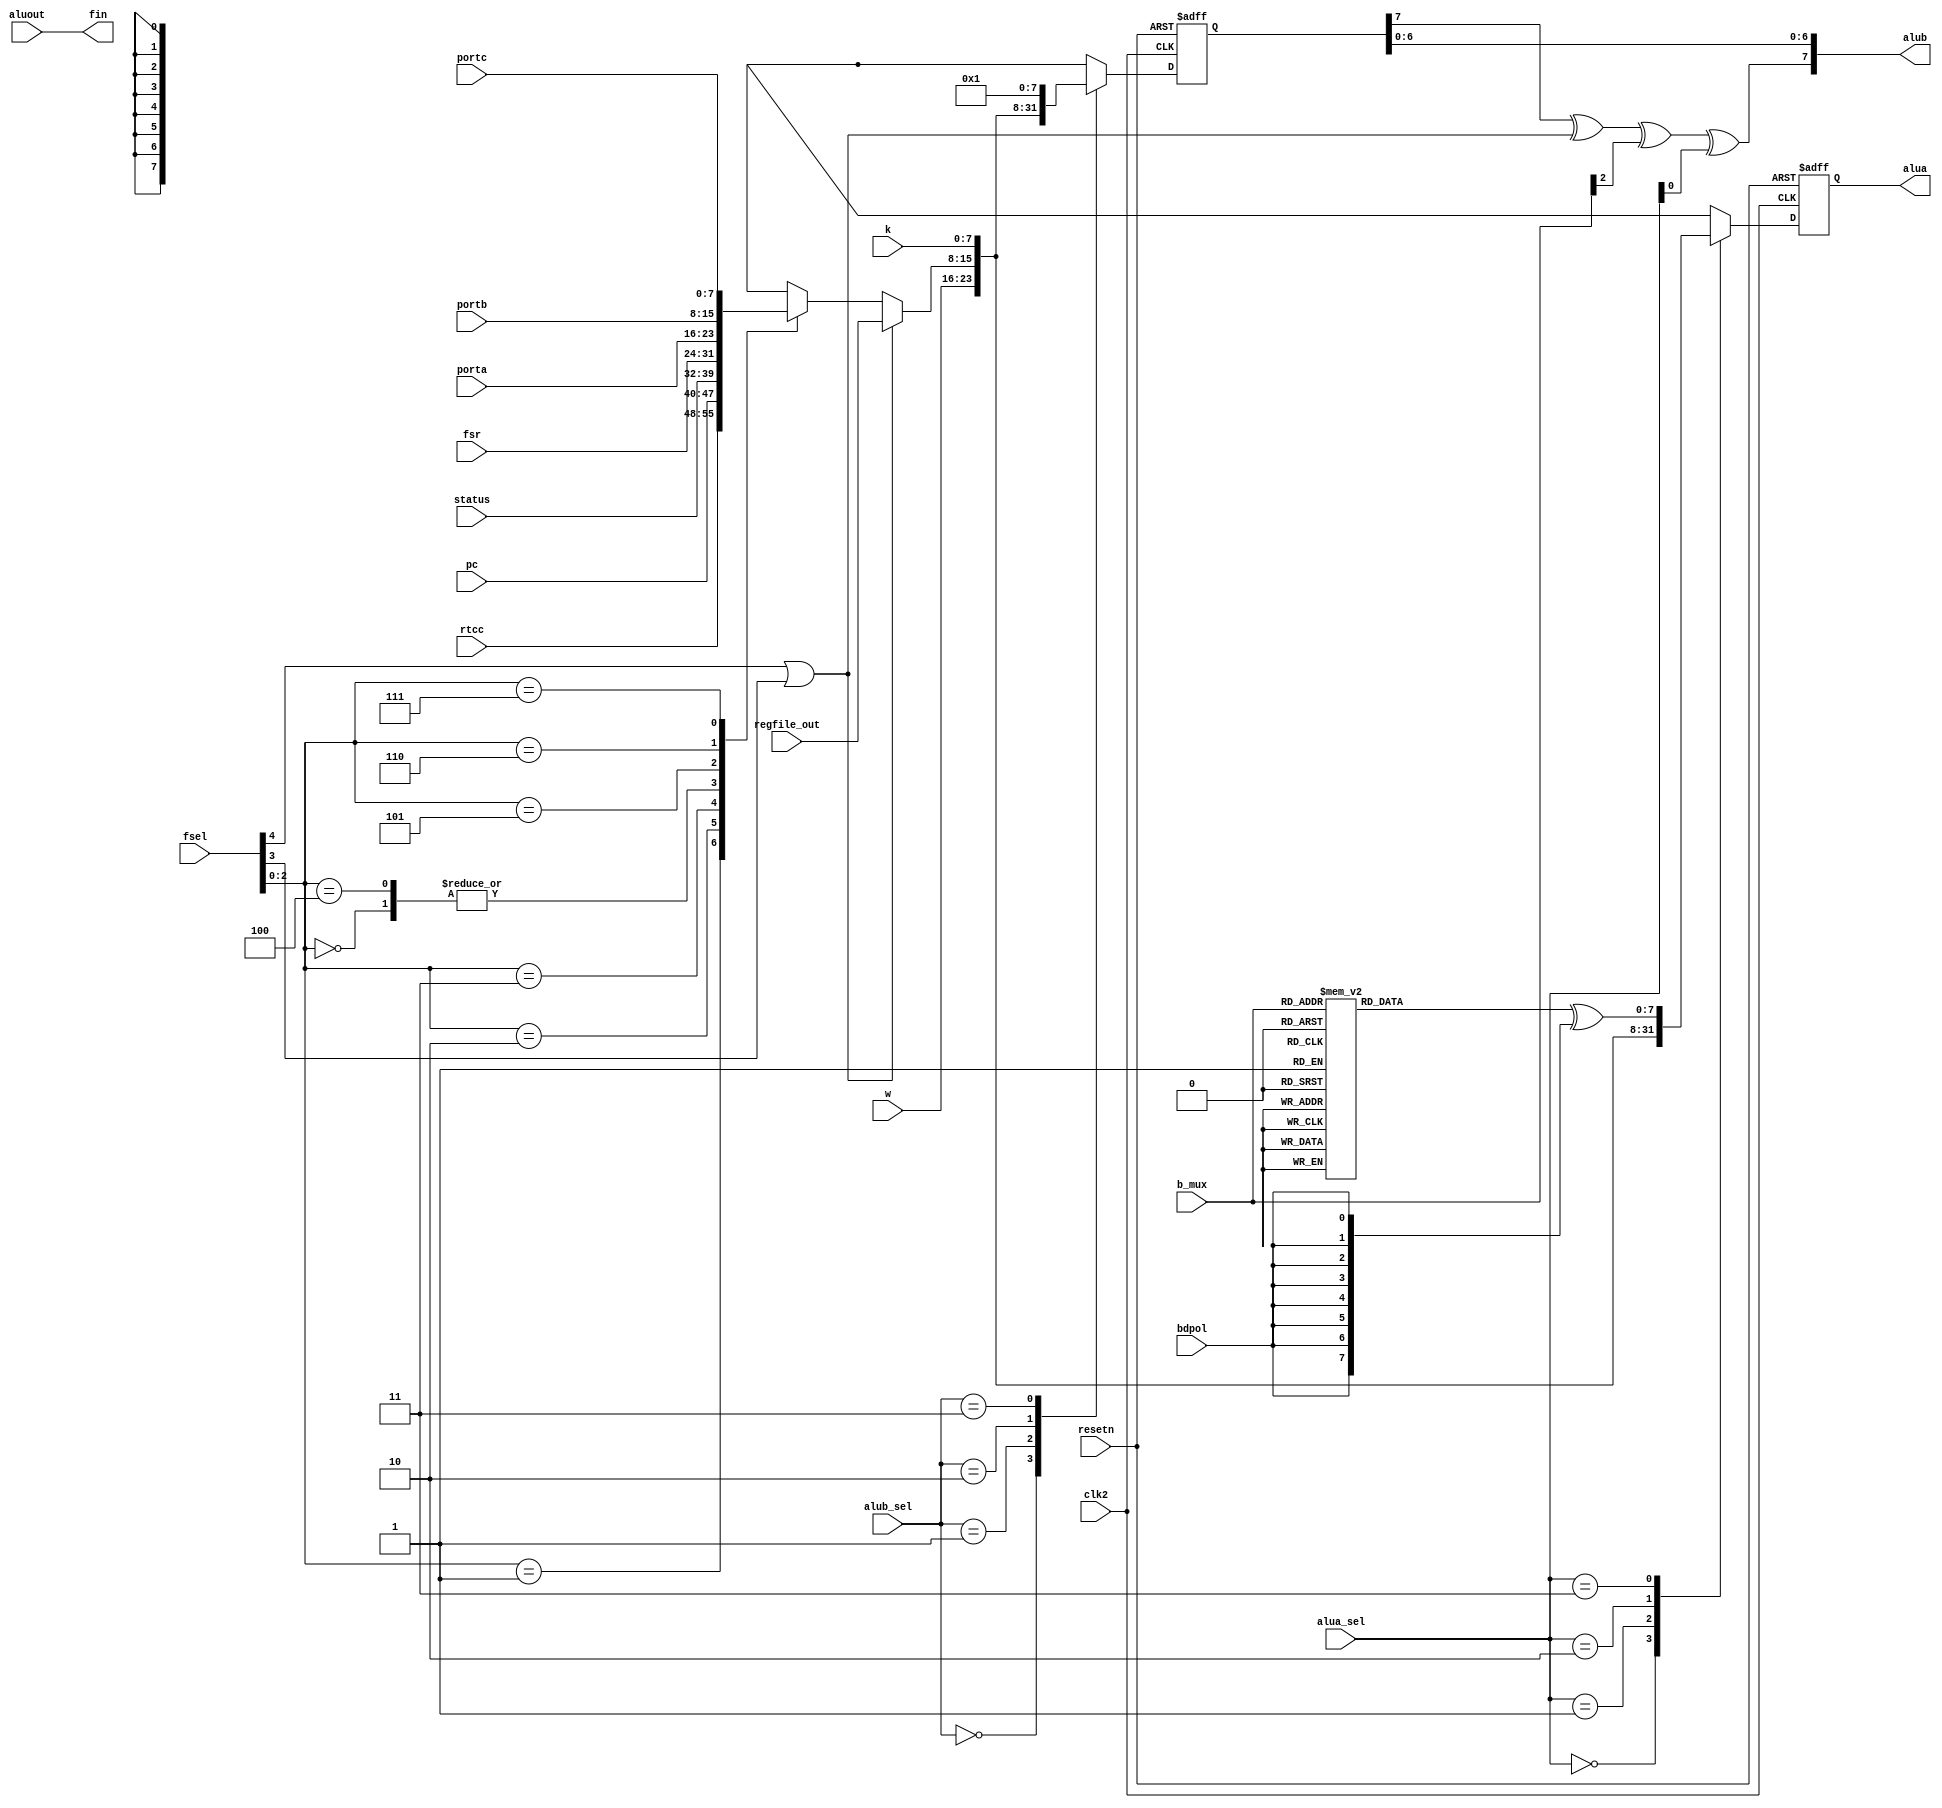
module data_mux ( clk2, resetn, fsr, rtcc, pc, status, porta,
                  portb, portc, regfile_out, w,
 				  k, fsel, aluout, alua_sel, alub_sel,
				  b_mux, bdpol, alua, alub, fin );

input clk2, resetn;

input [7:0] fsr, rtcc;

input [7:0] pc;

input [7:0] status, porta, portb, portc,
			regfile_out, w, k;

input [4:0] fsel;

input [7:0] aluout;

input [1:0] alua_sel, alub_sel;

input [2:0] b_mux;

input bdpol;

output [7:0] alua, alub, fin;

reg [7:0] special_out, fout, bit_decoder;
reg [7:0] alua_int, alub_int;

reg [7:0] alua, alubtmp;
wire   regfile_fsel;

wire [7:0] bd;

wire reset = ~resetn;

assign alub[6:0] = alubtmp[6:0];
assign alub[7] = alubtmp[7] ^ regfile_fsel ^ b_mux[2] ^ alua_sel[0];

assign regfile_fsel = fsel[4] | fsel[3] ;




// First MUX selects from all the special regsiters

always @(fsel or fsr or rtcc or pc or status
         or porta or portb or portc) begin

   case (fsel[2:0])
      3'b000: special_out <= fsr;
      3'b001: special_out <= rtcc;
      3'b010: special_out <= pc[7:0];
      3'b011: special_out <= status;
      3'b100: special_out <= fsr;
      3'b101: special_out <= porta;
      3'b110: special_out <= portb;
      3'b111: special_out <= portc;

   endcase

end



// Second Mux selects from the special registers or the output
// of the register file.
always @(regfile_out or special_out or regfile_fsel) begin
   if (regfile_fsel == 1'b1) begin
      fout <= regfile_out;
   end
   else begin
      fout <= special_out;
   end
end



assign fin = aluout;

// Bit Decoder
always @(b_mux) begin
   case (b_mux)
      3'b000: bit_decoder <= 8'b00000001;
      3'b001: bit_decoder <= 8'b00000010;
      3'b010: bit_decoder <= 8'b00000100;
      3'b011: bit_decoder <= 8'b00001000;
      3'b100: bit_decoder <= 8'b00010000;
      3'b101: bit_decoder <= 8'b00100000;
      3'b110: bit_decoder <= 8'b01000000;
      3'b111: bit_decoder <= 8'b10000000;
   endcase
end



assign bd = bit_decoder ^ {bdpol,bdpol,bdpol,bdpol,bdpol,bdpol,bdpol,bdpol};



// Implement MUX into alua
//
// Combinatorial
//
always @(alua_sel or w or fout or k or bd) begin
   case (alua_sel)
      2'b00: alua_int <= w;
      2'b01: alua_int <= fout;
      2'b10: alua_int <= k;
      2'b11: alua_int <= bd;
   endcase
end

// Implement MUX into alub
//
// Combinatorial
//
always @(alub_sel or w or fout or k) begin
   case (alub_sel)
      2'b00: alub_int <= w;
      2'b01: alub_int <= fout;
      2'b10: alub_int <= k;
      2'b11: alub_int <= 8'b00000001;
   endcase
end

always @(posedge clk2 or posedge reset)

  begin

     if (reset)
	    begin
		    alua = 8'b00000000;
			alubtmp = 8'b00000000;
		end
	 else
	    begin
		    alua = alua_int;
			alubtmp = alub_int;
		end
   end

endmodule